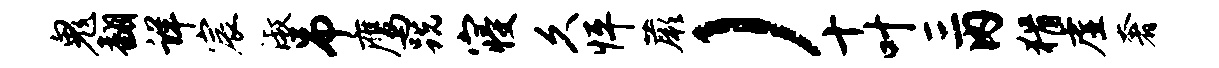
鬼翻详宸淑吊鹰跣寝久怦蕨）十叶三内猾虚奢